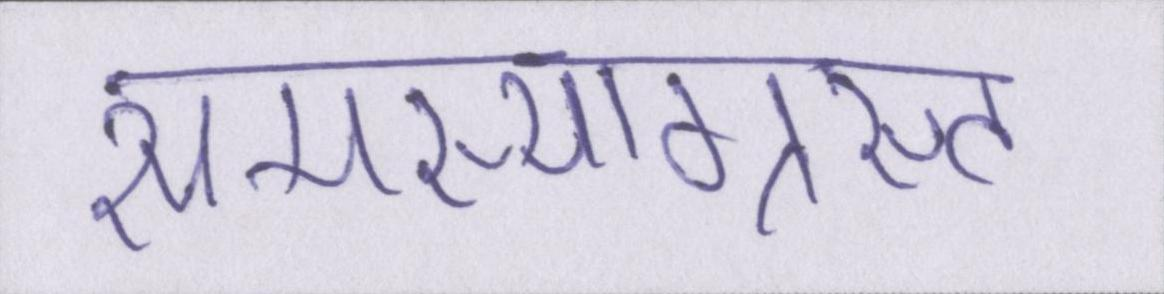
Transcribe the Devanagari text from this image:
समस्याग्रस्त